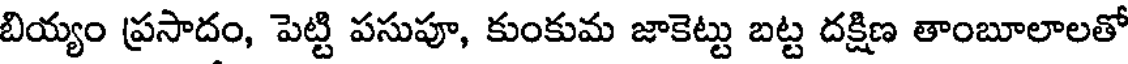
బియ్యం ప్రసాదం, పెట్టి పసుపూ, కుంకుమ జాకెట్టు బట్ట దక్షిణ తాంబూలాలతో